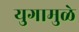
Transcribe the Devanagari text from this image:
युगामुळे